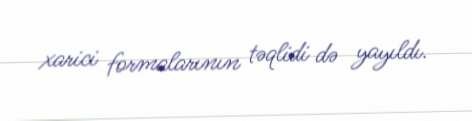
xarici formalarının təqlidi də yayıldı.